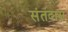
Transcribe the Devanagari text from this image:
संतदास